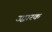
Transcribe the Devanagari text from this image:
उद्वारक